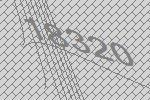
18320